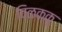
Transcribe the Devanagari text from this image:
विळक्कु